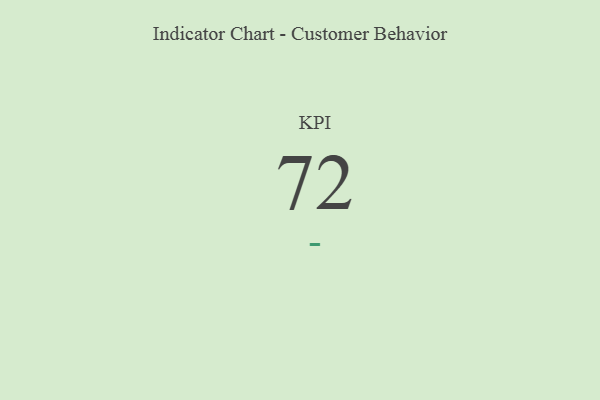
{"axis": {"x": "KPI", "y": "Value"}, "legend": [""], "data": [{"x": "KPI", "y": 72, "type": ""}]}